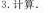
3.计算。